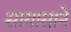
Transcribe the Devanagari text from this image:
सायासाने